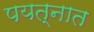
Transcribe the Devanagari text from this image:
पयत्नात